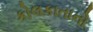
કોલકાતાનો